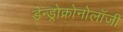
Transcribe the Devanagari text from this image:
डेन्ड्रोक्रोनोलॉजी